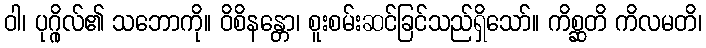
ဝါ၊ ပုဂ္ဂိုလ်၏ သဘောကို။ ဝိစိနန္တော၊ စူးစမ်းဆင်ခြင်သည်ရှိသော်။ ကိစ္ဆတိ ကိလမတိ၊